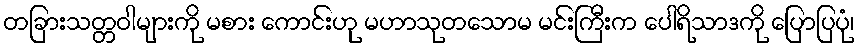
တခြားသတ္တဝါများကို မစား ကောင်းဟု မဟာသုတသောမ မင်းကြီးက ပေါရိသာဒကို ပြောပြပုံ၊